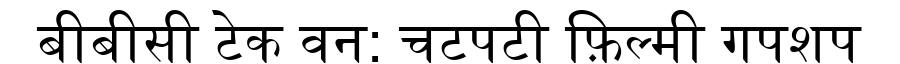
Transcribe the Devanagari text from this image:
बीबीसी टेक वन: चटपटी फ़िल्मी गपशप